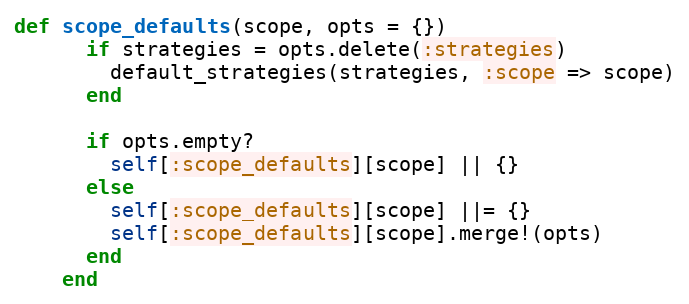
Language: Ruby
def scope_defaults(scope, opts = {})
      if strategies = opts.delete(:strategies)
        default_strategies(strategies, :scope => scope)
      end

      if opts.empty?
        self[:scope_defaults][scope] || {}
      else
        self[:scope_defaults][scope] ||= {}
        self[:scope_defaults][scope].merge!(opts)
      end
    end